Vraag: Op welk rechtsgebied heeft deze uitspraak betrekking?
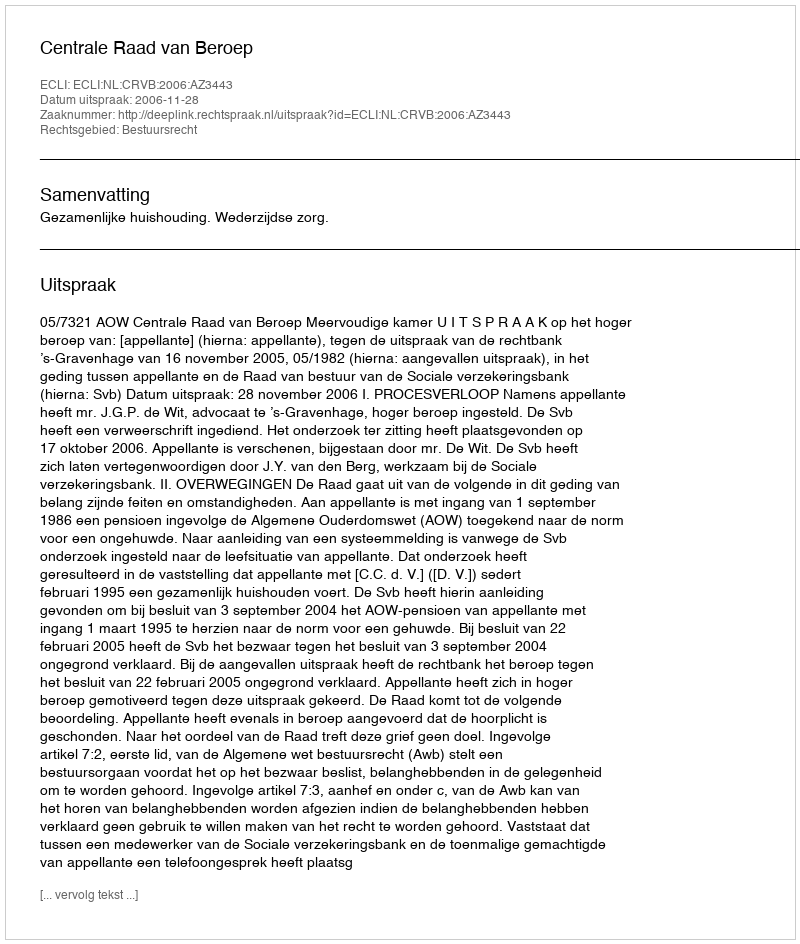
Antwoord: Bestuursrecht